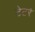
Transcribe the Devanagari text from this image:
टेटरे